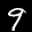
Digit: 9